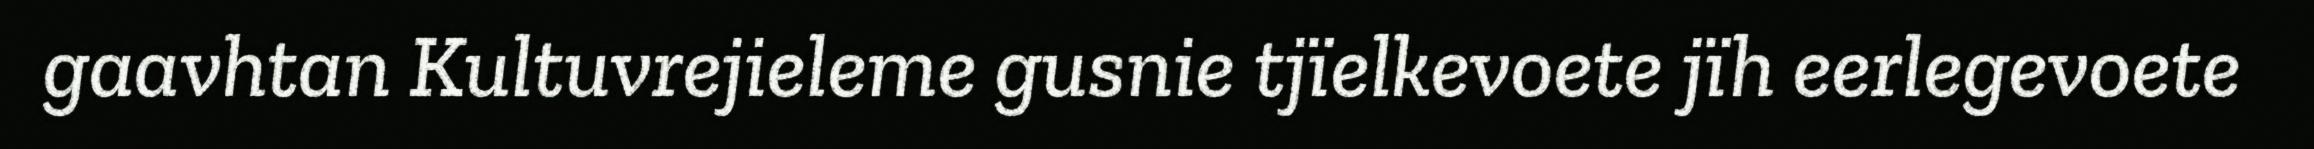
gaavhtan Kultuvrejieleme gusnie tjïelkevoete jïh eerlegevoete